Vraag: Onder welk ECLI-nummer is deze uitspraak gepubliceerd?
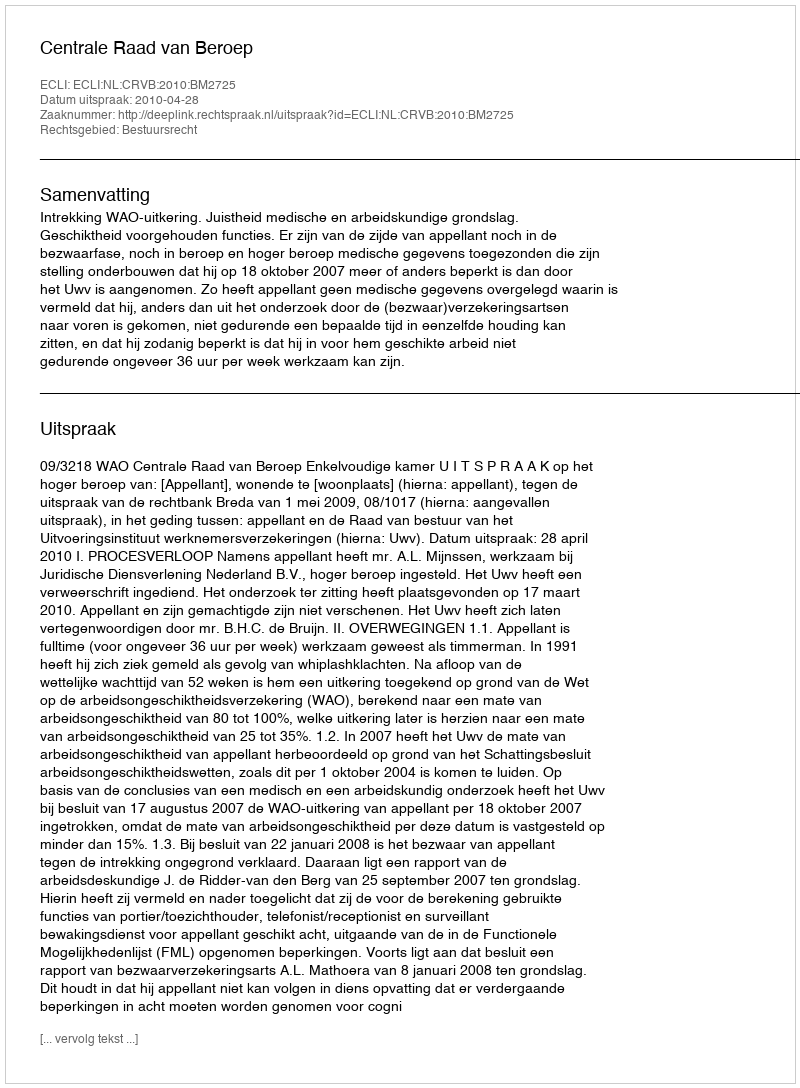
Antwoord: ECLI:NL:CRVB:2010:BM2725